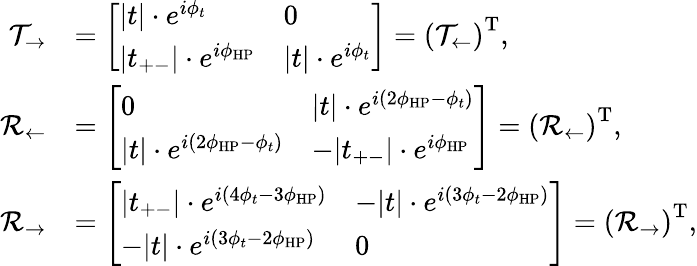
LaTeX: \begin{array}{rl}{\mathcal{T}_{\rightarrow}}&{=\left[\begin{array}{ll}{|t|\cdot e^{i\phi_{t}}}&{0}\\ {|t_{+-}|\cdot e^{i\phi_{\mathrm{HP}}}}&{|t|\cdot e^{i\phi_{t}}}\end{array}\right]=\left(\mathcal{T}_{\leftarrow}\right)^{\mathrm{T}},}\\ {\mathcal{R}_{\leftarrow}}&{=\left[\begin{array}{ll}{0}&{|t|\cdot e^{i(2\phi_{\mathrm{HP}}-\phi_{t})}}\\ {|t|\cdot e^{i(2\phi_{\mathrm{HP}}-\phi_{t})}}&{-|t_{+-}|\cdot e^{i\phi_{\mathrm{HP}}}}\end{array}\right]=\left(\mathcal{R}_{\leftarrow}\right)^{\mathrm{T}},}\\ {\mathcal{R}_{\rightarrow}}&{=\left[\begin{array}{ll}{|t_{+-}|\cdot e^{i(4\phi_{t}-3\phi_{\mathrm{HP}})}}&{-|t|\cdot e^{i(3\phi_{t}-2\phi_{\mathrm{HP}})}}\\ {-|t|\cdot e^{i(3\phi_{t}-2\phi_{\mathrm{HP}})}}&{0}\end{array}\right]=\left(\mathcal{R}_{\rightarrow}\right)^{\mathrm{T}},}\end{array}